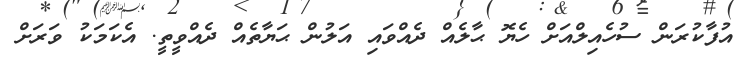
އުފާކުރަން ސުހެއިލްއަށް ހެޔޮ ޙާލެއް ދެއްވައި އަލުން ޙަޔާތެއް ދެއްވީތީ. އެކަމަކު ވަރަށް